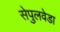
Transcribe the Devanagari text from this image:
सेपुलवेडा